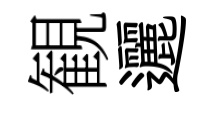
観邐